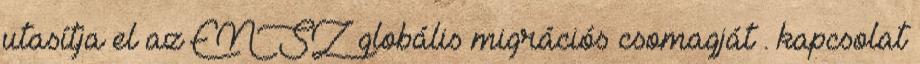
utasítja el az ENSZ globális migrációs csomagját . kapcsolat